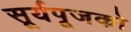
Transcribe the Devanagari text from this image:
सूर्यपूजको